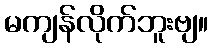
မကျန်လိုက်ဘူးဗျ။